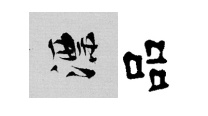
漂品